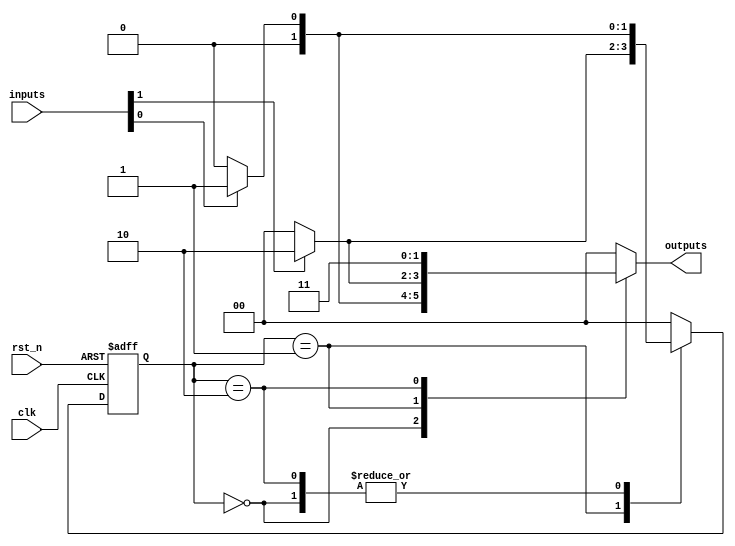
module VariableInputMealy #(
    parameter STATE_WIDTH = 2, // Number of bits for state encoding
    parameter INPUT_WIDTH = 4   // Parameterized input width
) (
    input wire clk,               // Clock input
    input wire rst_n,             // Asynchronous reset (active low)
    input wire [INPUT_WIDTH-1:0] inputs, // Variable input
    output reg [1:0] outputs      // Output signals (adjust width if needed)
);

// State encoding
localparam S0 = 2'b00, // State 0
           S1 = 2'b01, // State 1
           S2 = 2'b10; // State 2

reg [STATE_WIDTH-1:0] current_state, next_state;

// State Transition Logic
always @(*) begin
    case (current_state)
        S0: begin
            if (inputs[0] == 1'b1) // Example transition condition
                next_state = S1;
            else
                next_state = S0;
        end
        S1: begin
            if (inputs[1] == 1'b1)
                next_state = S2;
            else
                next_state = S0;
        end
        S2: begin
            if (inputs[0] == 1'b0) 
                next_state = S0;
            else
                next_state = S1;
        end
        default: next_state = S0; // Default to state S0
    endcase
end

// Output Logic (Mealy output)
always @(*) begin
    case (current_state)
        S0: outputs = (inputs[0]) ? 2'b01 : 2'b00; // Outputs based on inputs
        S1: outputs = (inputs[1]) ? 2'b10 : 2'b00;
        S2: outputs = 2'b11; // Outputs for state S2
        default: outputs = 2'b00; // Default output
    endcase
end

// State Register
always @(posedge clk or negedge rst_n) begin
    if (!rst_n)
        current_state <= S0; // Asynchronously reset to state S0
    else
        current_state <= next_state; // Update state on clock edge
end

endmodule